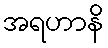
အရဟာနိ